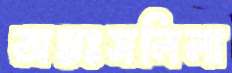
অন্তঃসলিলা